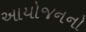
આયોજનનો